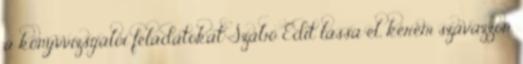
a könyvvizsgálói feladatokat Szabó Edit lássa el, kérem szavazzon.